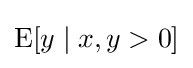
\operatorname {E} [y\mid x,y>0]